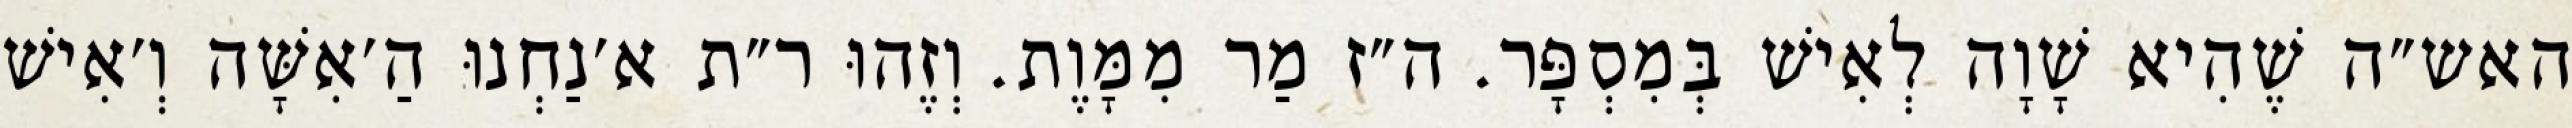
האש״ה שֶׁהִיא שָׁוָה לְאִישׁ בְּמִסְפָּר. ה״ז מַר מִמָּוֶת. וְזֶהוּ ר״ת א׳נַחְנוּ הַ׳אִשָּׁה וְ׳אִישׁ